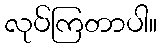
လုပ်ကြတာပါ။